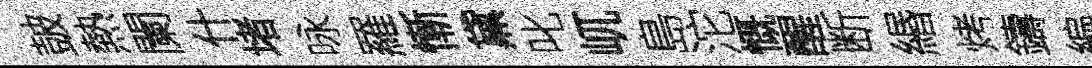
皷熱闌什堵咏羅慚黛叱屼島沱慨醒断緡烤鑄編